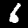
Digit: 6